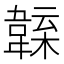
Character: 𩏁